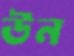
উন